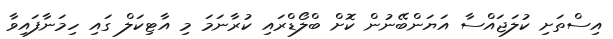
އިސްތަށި ކުލަޖައްސާ އަޔަންބޭނުން ކޮށް ބްލޯޑްރައި ކުރާނަމަ މި އާޓިކަލް ގައި ހިމަނާފައިވާ